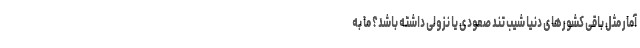
آمار مثل باقی کشورهای دنیا شیب تند صعودی یا نزولی داشته باشد؟ ما به